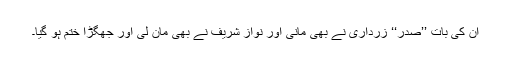
ان کی بات ’’صدر‘‘ زرداری نے بھی مانی اور نواز شریف نے بھی مان لی اور جھگڑا ختم ہو گیا۔